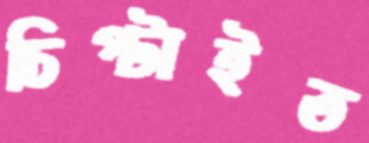
চিপ্‌টাইত